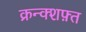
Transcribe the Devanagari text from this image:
क्रन्क्शफ़्त